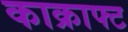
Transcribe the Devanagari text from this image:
काक्राफ्ट